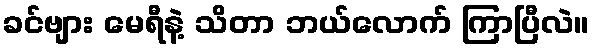
ခင်ဗျား မေရီနဲ့ သိတာ ဘယ်လောက် ကြာပြီလဲ။